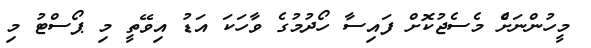
މީހުންނަށްެ މެސެޖުކޮށް ފައިސާ ހޯދުމުގެ ވާހަކަ އަޑު އިވޭތީ މި ޕޯސްޓު މި